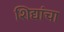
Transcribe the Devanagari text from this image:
शिद्यांचा